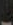
۔